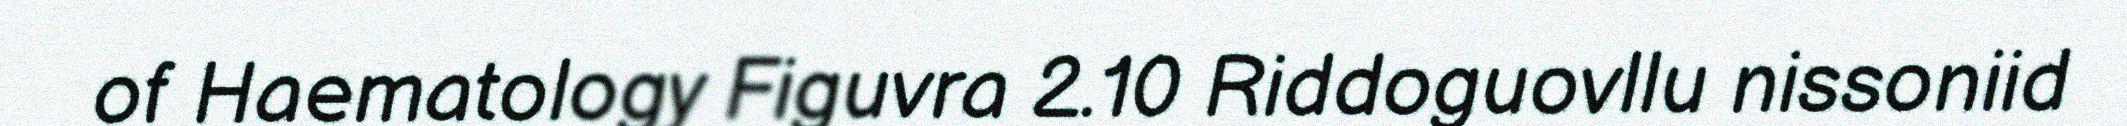
of Haematology Figuvra 2.10 Riddoguovllu nissoniid